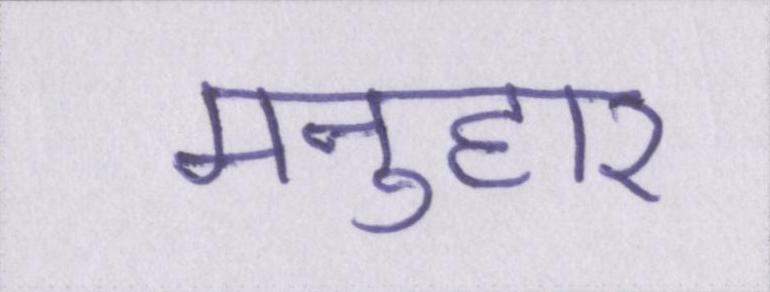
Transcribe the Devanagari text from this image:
मनुहार